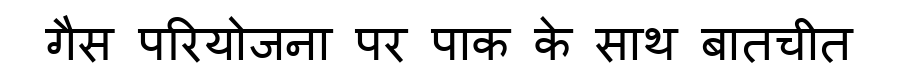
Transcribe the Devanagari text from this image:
गैस परियोजना पर पाक के साथ बातचीत